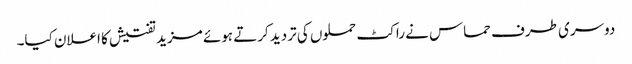
دوسری طرف حماس نے راکٹ حملوں کی تردید کرتے ہوئے مزید تفتیش کا اعلان کیا۔